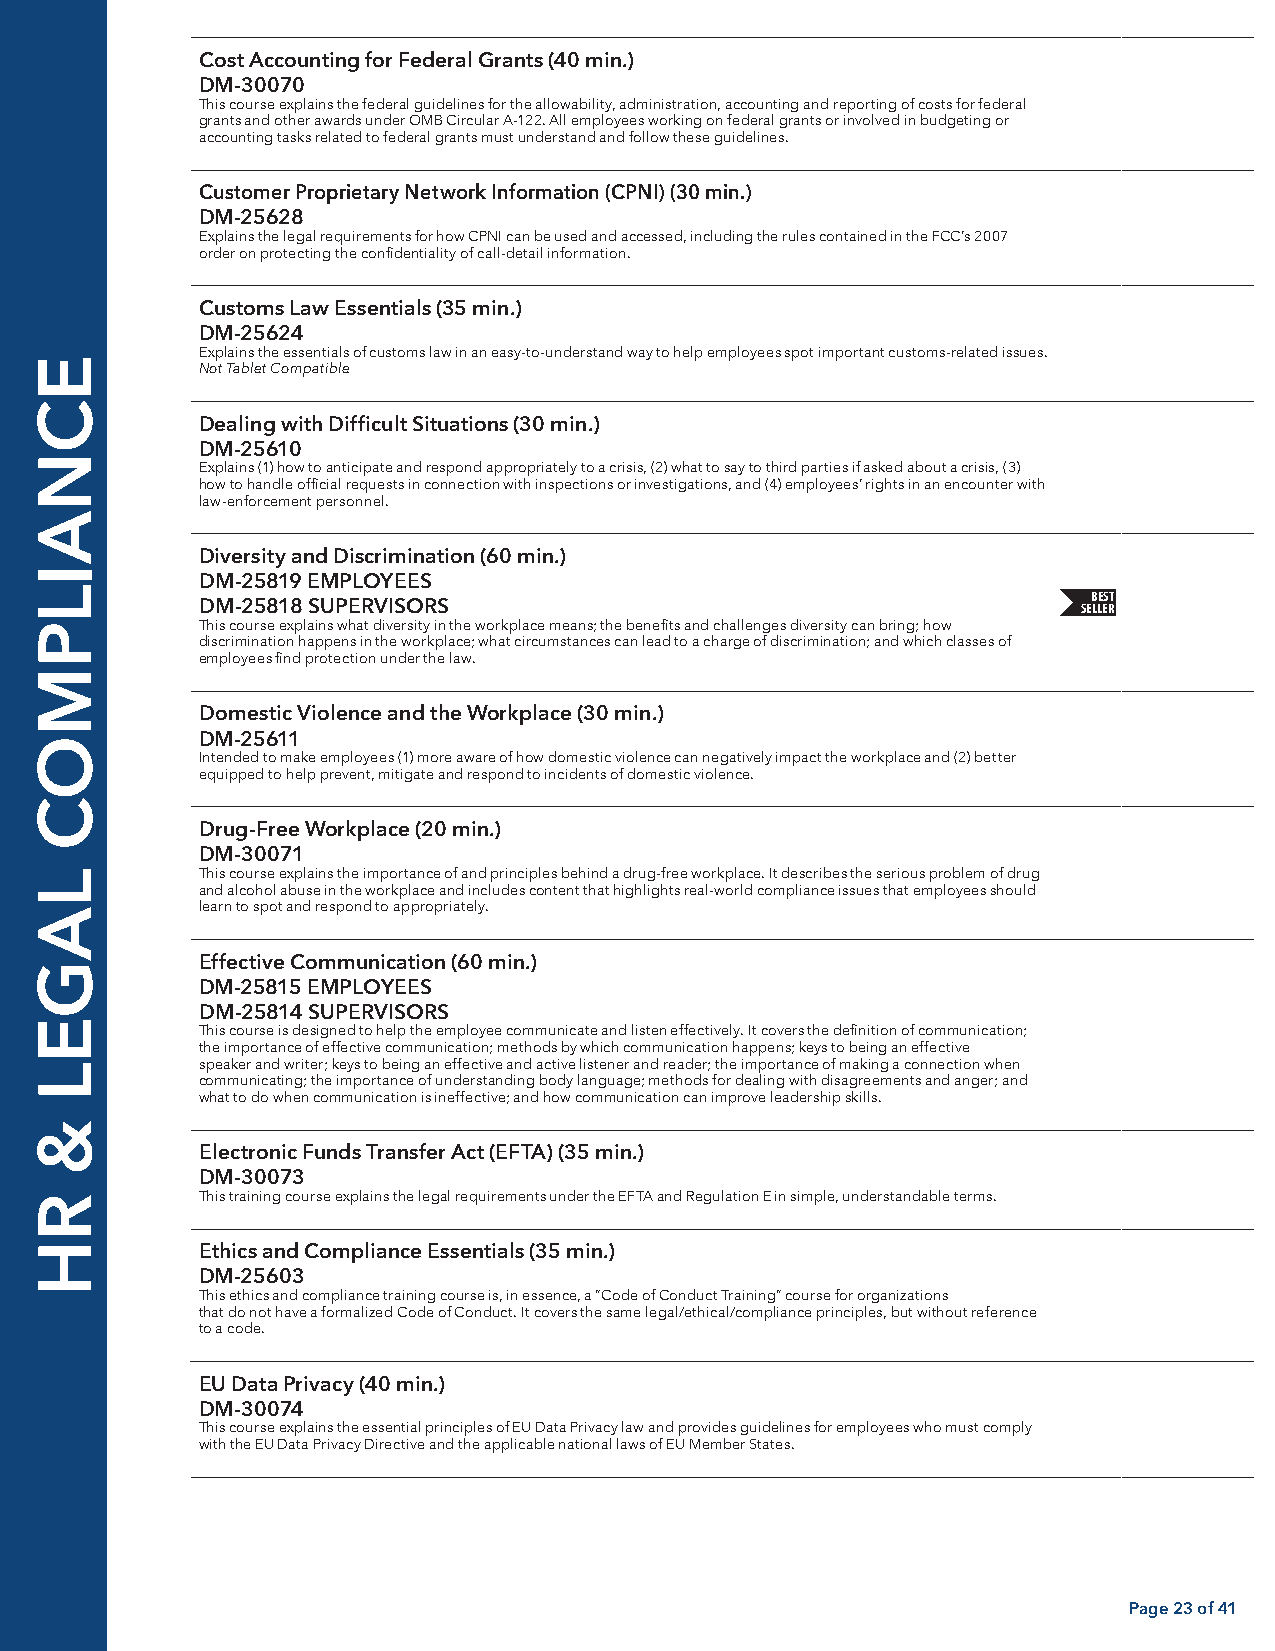
Cost Accounting for Federal Grants (40 min.)
 DM-30070
 This course explains the federal guidelines for the allowability, administration, accounting and reporting of costs for federal
 grants and other awards under OMB Circular A-122. All employees working on federal grants or involved in budgeting or
 accounting tasks related to federal grants must understand and follow these guidelines.
 Customer Proprietary Network Information (CPNI) (30 min.)
 DM-25628
 Explains the legal requirements for how CPNI can be used and accessed, including the rules contained in the FCC’s 2007
 order on protecting the confidentiality of call-detail information.
 Customs Law Essentials (35 min.)
 DM-25624
 Explains the essentials of customs law in an easy-to-understand way to help employees spot important customs-related issues.
 Not Tablet Compatible
 Dealing with Difficult Situations (30 min.)
 DM-25610
 Explains (1) how to anticipate and respond appropriately to a crisis, (2) what to say to third parties if asked about a crisis, (3)
 how to handle official requests in connection with inspections or investigations, and (4) employees’ rights in an encounter with
 law-enforcement personnel.
 Diversity and Discrimination (60 min.)
 DM-25819 EMPLOYEES
 BEST
 DM-25818 SUPERVISORS                                       SELLER
 This course explains what diversity in the workplace means; the benefits and challenges diversity can bring; how
 discrimination happens in the workplace; what circumstances can lead to a charge of discrimination; and which classes of
 employees find protection under the law.
 Domestic Violence and the Workplace (30 min.)
 DM-25611
 Intended to make employees (1) more aware of how domestic violence can negatively impact the workplace and (2) better
 equipped to help prevent, mitigate and respond to incidents of domestic violence.
 Drug-Free Workplace (20 min.)
 DM-30071
 This course explains the importance of and principles behind a drug-free workplace. It describes the serious problem of drug
 and alcohol abuse in the workplace and includes content that highlights real-world compliance issues that employees should
 learn to spot and respond to appropriately.
 Effective Communication (60 min.)
 DM-25815 EMPLOYEES
 DM-25814 SUPERVISORS
 This course is designed to help the employee communicate and listen effectively. It covers the definition of communication;
 the importance of effective communication; methods by which communication happens; keys to being an effective
 speaker and writer; keys to being an effective and active listener and reader; the importance of making a connection when
 communicating; the importance of understanding body language; methods for dealing with disagreements and anger; and
 what to do when communication is ineffective; and how communication can improve leadership skills.
 Electronic Funds Transfer Act (EFTA) (35 min.)
 DM-30073
 This training course explains the legal requirements under the EFTA and Regulation E in simple, understandable terms.
 Ethics and Compliance Essentials (35 min.)
 DM-25603
 This ethics and compliance training course is, in essence, a “Code of Conduct Training” course for organizations
 that do not have a formalized Code of Conduct. It covers the same legal/ethical/compliance principles, but without reference
 to a code.
 EU Data Privacy (40 min.)
 DM-30074
 This course explains the essential principles of EU Data Privacy law and provides guidelines for employees who must comply
 with the EU Data Privacy Directive and the applicable national laws of EU Member States.
 Page 23 of 41
 ECNAILPMOC
 LAGEL
 &
 RH